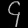
Digit: ၄